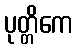
ပုတ္တိကေ